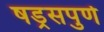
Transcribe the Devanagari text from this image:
षड्रसपुर्ण